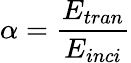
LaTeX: \alpha=\frac{E_{tran}}{E_{inci}}